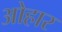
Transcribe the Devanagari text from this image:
ओहार